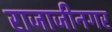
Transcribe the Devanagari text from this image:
राजाजीनगर